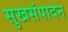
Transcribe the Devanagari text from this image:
सुखसंपादन